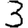
Digit: 3